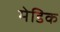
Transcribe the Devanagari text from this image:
मेडिक